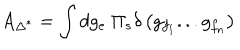
A _ { \Delta ^ { * } } = \int d g _ { e } \ \Pi _ { s } \delta \left( g _ { f _ { 1 } } . . . g _ { f _ { n } } \right)